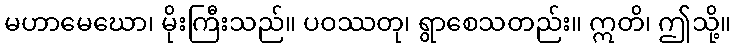
မဟာမေဃော၊ မိုးကြီးသည်။ ပဝဿတု၊ ရွာစေသတည်း။ ဣတိ၊ ဤသို့။